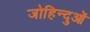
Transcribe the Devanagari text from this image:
जोहिन्दुओं